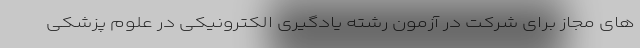
ھای مجاز برای شرکت در آزمون رشته یادگیری الکترونیکی در علوم پزشکی